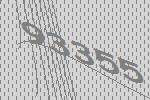
93355